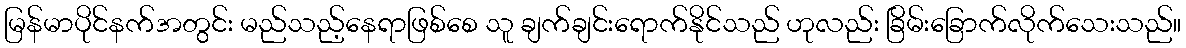
မြန်မာပိုင်နက်အတွင်း မည်သည့်နေရာဖြစ်စေ သူ ချက်ချင်းရောက်နိုင်သည် ဟုလည်း ခြိမ်းခြောက်လိုက်သေးသည်။